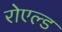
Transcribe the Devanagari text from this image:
रोएल्ड